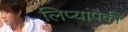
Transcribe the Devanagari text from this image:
लिप्यांपैकी